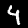
Digit: 4